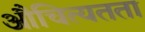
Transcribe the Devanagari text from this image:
औचित्यतता